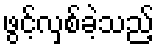
ဖွင့်လှစ်ခဲ့သည့်